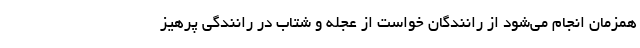
همزمان انجام می‌شود از رانندگان خواست از عجله و شتاب در رانندگی پرهیز